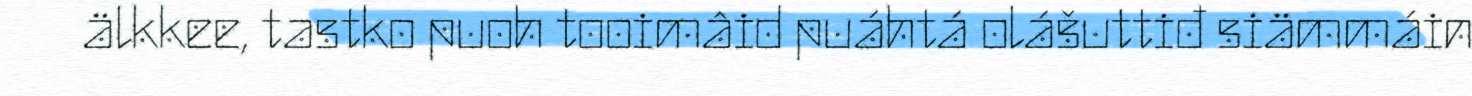
älkkee, tastko puoh tooimâid puáhtá olášuttiđ siämmáin